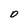
Character: O